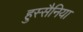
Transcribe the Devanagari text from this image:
हुस्सैनिया